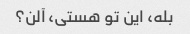
بله، این تو هستی، آلن؟